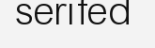
serifed